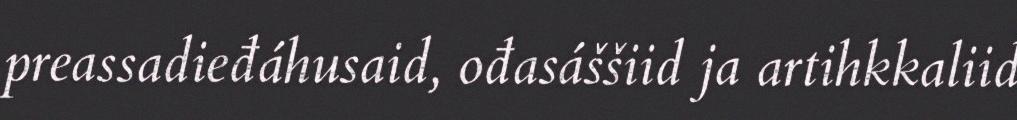
preassadieđáhusaid, ođasáššiid ja artihkkaliid